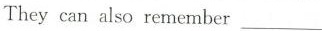
They can also rentember___